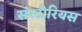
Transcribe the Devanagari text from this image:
सरटोरियस